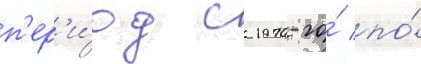
п'ер'и́од с 1970-го́ по́